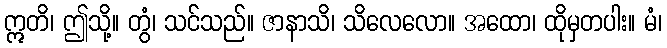
ဣတိ၊ ဤသို့။ တွံ၊ သင်သည်။ ဇာနာသိ၊ သိလေလော။ အထော၊ ထိုမှတပါး။ မံ၊